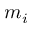
m _ { i }